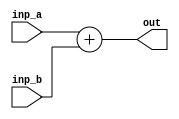
`timescale 1ns / 1ps

module adder(
    input [29:0] inp_a,
    input [29:0] inp_b,
    output [29:0] out 
    );
    assign out = inp_a + inp_b;
endmodule

module mux30(
    input [29:0] inp_a,
    input [29:0] inp_b,
    input select,
    output [29:0] out
    );
    assign out = ({30{~select}} & inp_a) | ({30{select}} & inp_b);
endmodule

module fetch(
    input clk,
    input branch,
    input jump,
    input zero,
    input [31:0] prev_inst,
    output wire [31:0] inst,
    output wire [29:0] tmp1
    );
    
    wire [29:0] curr, next;
    wire [29:0] jump_target;
    reg [29:0] pc;
    reg [7:0] inst_mem [127:0];
    
    initial begin
        $readmemb("inst_mem.mem", inst_mem);
        pc <= 30'b0;
    end
    
    always@(negedge clk) begin
        pc <= next;
        $display("------------------ FETCH STAGE ------------------");
        $display("TIME: %t", $time);
        $display("Current PC: %b", pc);
        $display("Control Signals- Branch: %b, Jump: %b, Zero: %b", branch, jump, zero);
        $display("Current Instruction: %b", inst);
    end

//    BIG ENDIAN
//    assign inst = {inst_mem[{pc, 2'b00}], inst_mem[{pc, 2'b01}], inst_mem[{pc, 2'b10}], inst_mem[{pc, 2'b11}]};
    
//    LITTLE ENDIAN
    assign inst = {inst_mem[{pc, 2'b11}], inst_mem[{pc, 2'b10}], inst_mem[{pc, 2'b01}], inst_mem[{pc, 2'b00}]};
    assign jump_target = {pc[29:26], prev_inst[25:0]};
    
    wire [29:0] tmp2, tmp3;
    adder a1(pc, 30'b1, tmp1);
    adder a2(pc, {{14{prev_inst[15]}}, prev_inst[15:0]}, tmp2);
    mux30 m1(tmp1, tmp2, (branch&zero), tmp3);
    mux30 m2(tmp3, jump_target, jump, next);
    
endmodule